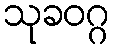
သုခဝဂ္ဂ